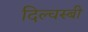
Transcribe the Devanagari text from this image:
दिल्चस्बी